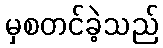
မှစတင်ခဲ့သည်